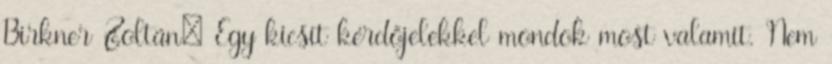
Birkner Zoltán: Egy kicsit kérdőjelekkel mondok most valamit. Nem